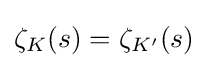
\zeta _{K}(s)=\zeta _{K'}(s)